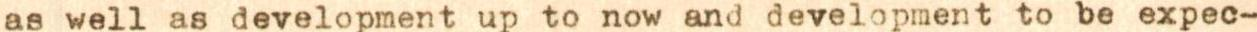
as well as development up to now and development to be expec-